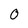
Character: 0